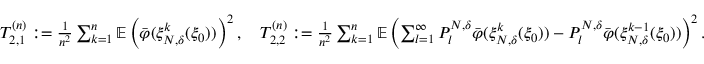
\begin{array} { r } { T _ { 2 , 1 } ^ { ( n ) } : = \frac { 1 } { n ^ { 2 } } \sum _ { k = 1 } ^ { n } \mathbb { E } \left( \bar { \varphi } ( \xi _ { N , \delta } ^ { k } ( \xi _ { 0 } ) ) \right) ^ { 2 } , \quad T _ { 2 , 2 } ^ { ( n ) } : = \frac { 1 } { n ^ { 2 } } \sum _ { k = 1 } ^ { n } \mathbb { E } \left( \sum _ { l = 1 } ^ { \infty } P _ { l } ^ { N , \delta } \bar { \varphi } ( \xi _ { N , \delta } ^ { k } ( \xi _ { 0 } ) ) - P _ { l } ^ { N , \delta } \bar { \varphi } ( \xi _ { N , \delta } ^ { k - 1 } ( \xi _ { 0 } ) ) \right) ^ { 2 } . } \end{array}